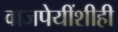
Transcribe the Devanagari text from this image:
वाजपेयींशीही